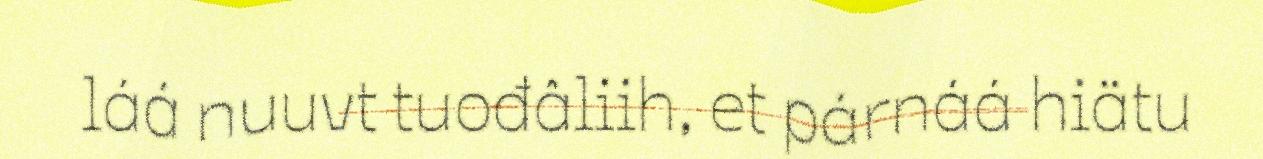
láá nuuvt tuođâliih, et párnáá hiätu